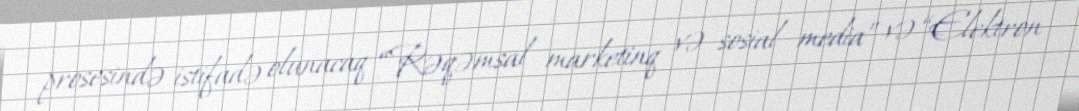
prosesində istifadə olunacaq “Rəqəmsal marketinq və sosial media” və “Elektron